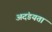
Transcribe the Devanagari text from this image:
अदंडयता